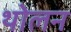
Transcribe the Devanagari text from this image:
थोलन